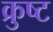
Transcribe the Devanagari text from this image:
क्रुष्ट